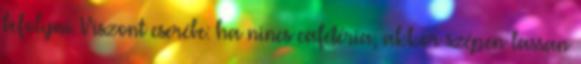
befolyni. Viszont cserébe: ha nincs cafetéria, akkor szépen lassan